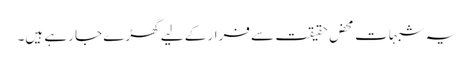
یہ شبہات محض حقیقت سے فرار کے لیے گھڑے جا رہے ہیں۔